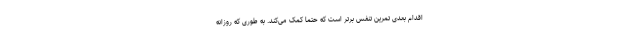
اقدام بعدی تمرین تنفس برتر است که حتما کمک می‌کند. به طوری که روزانه